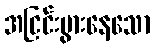
အငြင်းပွားနေသော